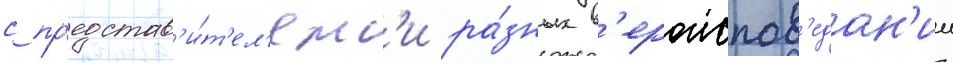
с пр'едстав'и́т'ел'ям'и ра́зных в'ероиспов'едан'ии